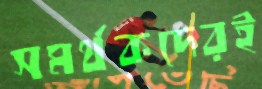
সমর্থকদেরই